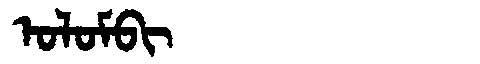
Manchu: ᠣᠯᠣᠮᠪᡳ
Romanization: OLOMBI